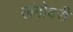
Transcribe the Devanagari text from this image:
लंबोदरी